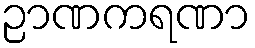
ဉာဏကရဏာ